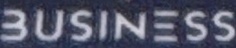
BUSINESS